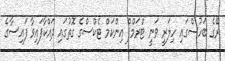
ރޭގެ ބަހުސްގައި ހިލަރީ ވަނީ ޓްރަމްޕް އިންކަމް ޓެކްސްގެ ގޮތުގައި ދައްކާފައިވާ ފައިސާގެ